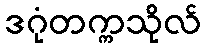
ဒဂုံတက္ကသိုလ်